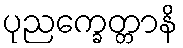
ပုညက္ခေတ္တာနိ